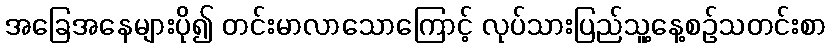
အခြေအနေများပို၍ တင်းမာလာသောကြောင့် လုပ်သားပြည်သူ့နေ့စဉ်သတင်းစာ